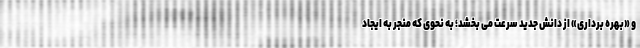
و «بهره برداری» از دانش جدید سرعت می بخشد؛ به نحوی که منجر به ایجاد